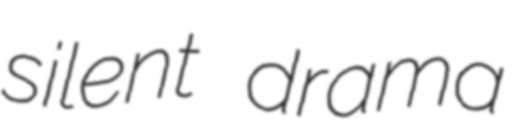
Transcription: silent drama